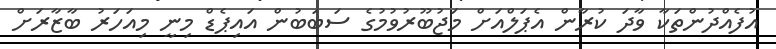
އުފެއްދުންތަކާ ވާދަ ކުރާން އެޕަލްއަށް މަޖުބޫރުވުމުގެ ސަބަބުން އައިޕެޑް މިނީ މިއަހަރު ބާޒާރަށް